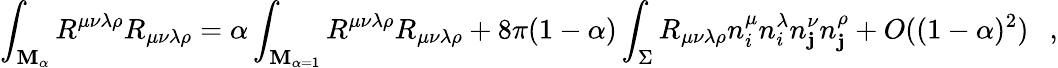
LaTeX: \int_{{\cal\mathbf{M}}_{\alpha}}R^{\mu\nu\lambda\rho}R_{\mu\nu\lambda\rho}=\alpha\int_{{\cal\mathbf{M}}_{\alpha=1}}R^{\mu\nu\lambda\rho}R_{\mu\nu\lambda\rho}+8\pi(1-\alpha)\int_{\Sigma}R_{\mu\nu\lambda\rho}n_{i}^{\mu}n_{i}^{\lambda}n_{\mathbf{j}}^{\nu}n_{\mathbf{j}}^{\rho}+O((1-\alpha)^{2})~~~,